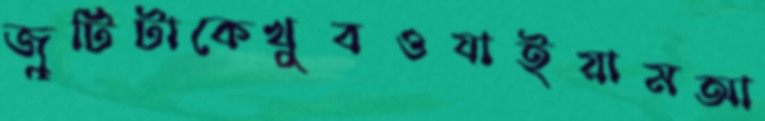
জুটিটাকেখুবওযাইয়ামআ